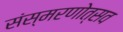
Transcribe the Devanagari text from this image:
संस्मरणोत्सव